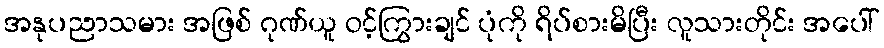
အနုပညာသမား အဖြစ် ဂုဏ်ယူ ဝင့်ကြွားချင် ပုံကို ရိပ်စားမိပြီး လူသားတိုင်း အပေါ်